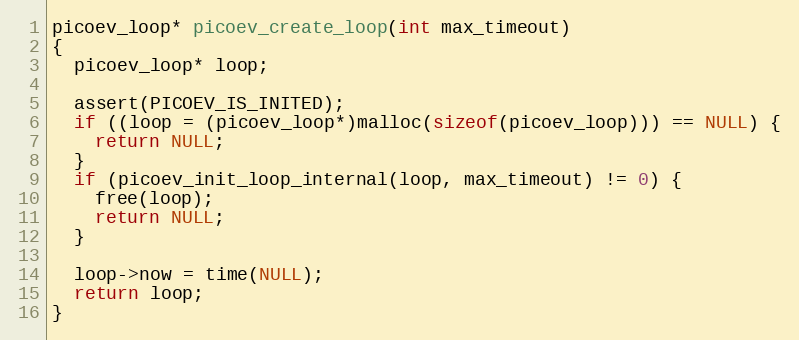
Language: C
picoev_loop* picoev_create_loop(int max_timeout)
{
  picoev_loop* loop;

  assert(PICOEV_IS_INITED);
  if ((loop = (picoev_loop*)malloc(sizeof(picoev_loop))) == NULL) {
    return NULL;
  }
  if (picoev_init_loop_internal(loop, max_timeout) != 0) {
    free(loop);
    return NULL;
  }

  loop->now = time(NULL);
  return loop;
}